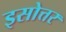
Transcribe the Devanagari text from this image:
इसोत्तर